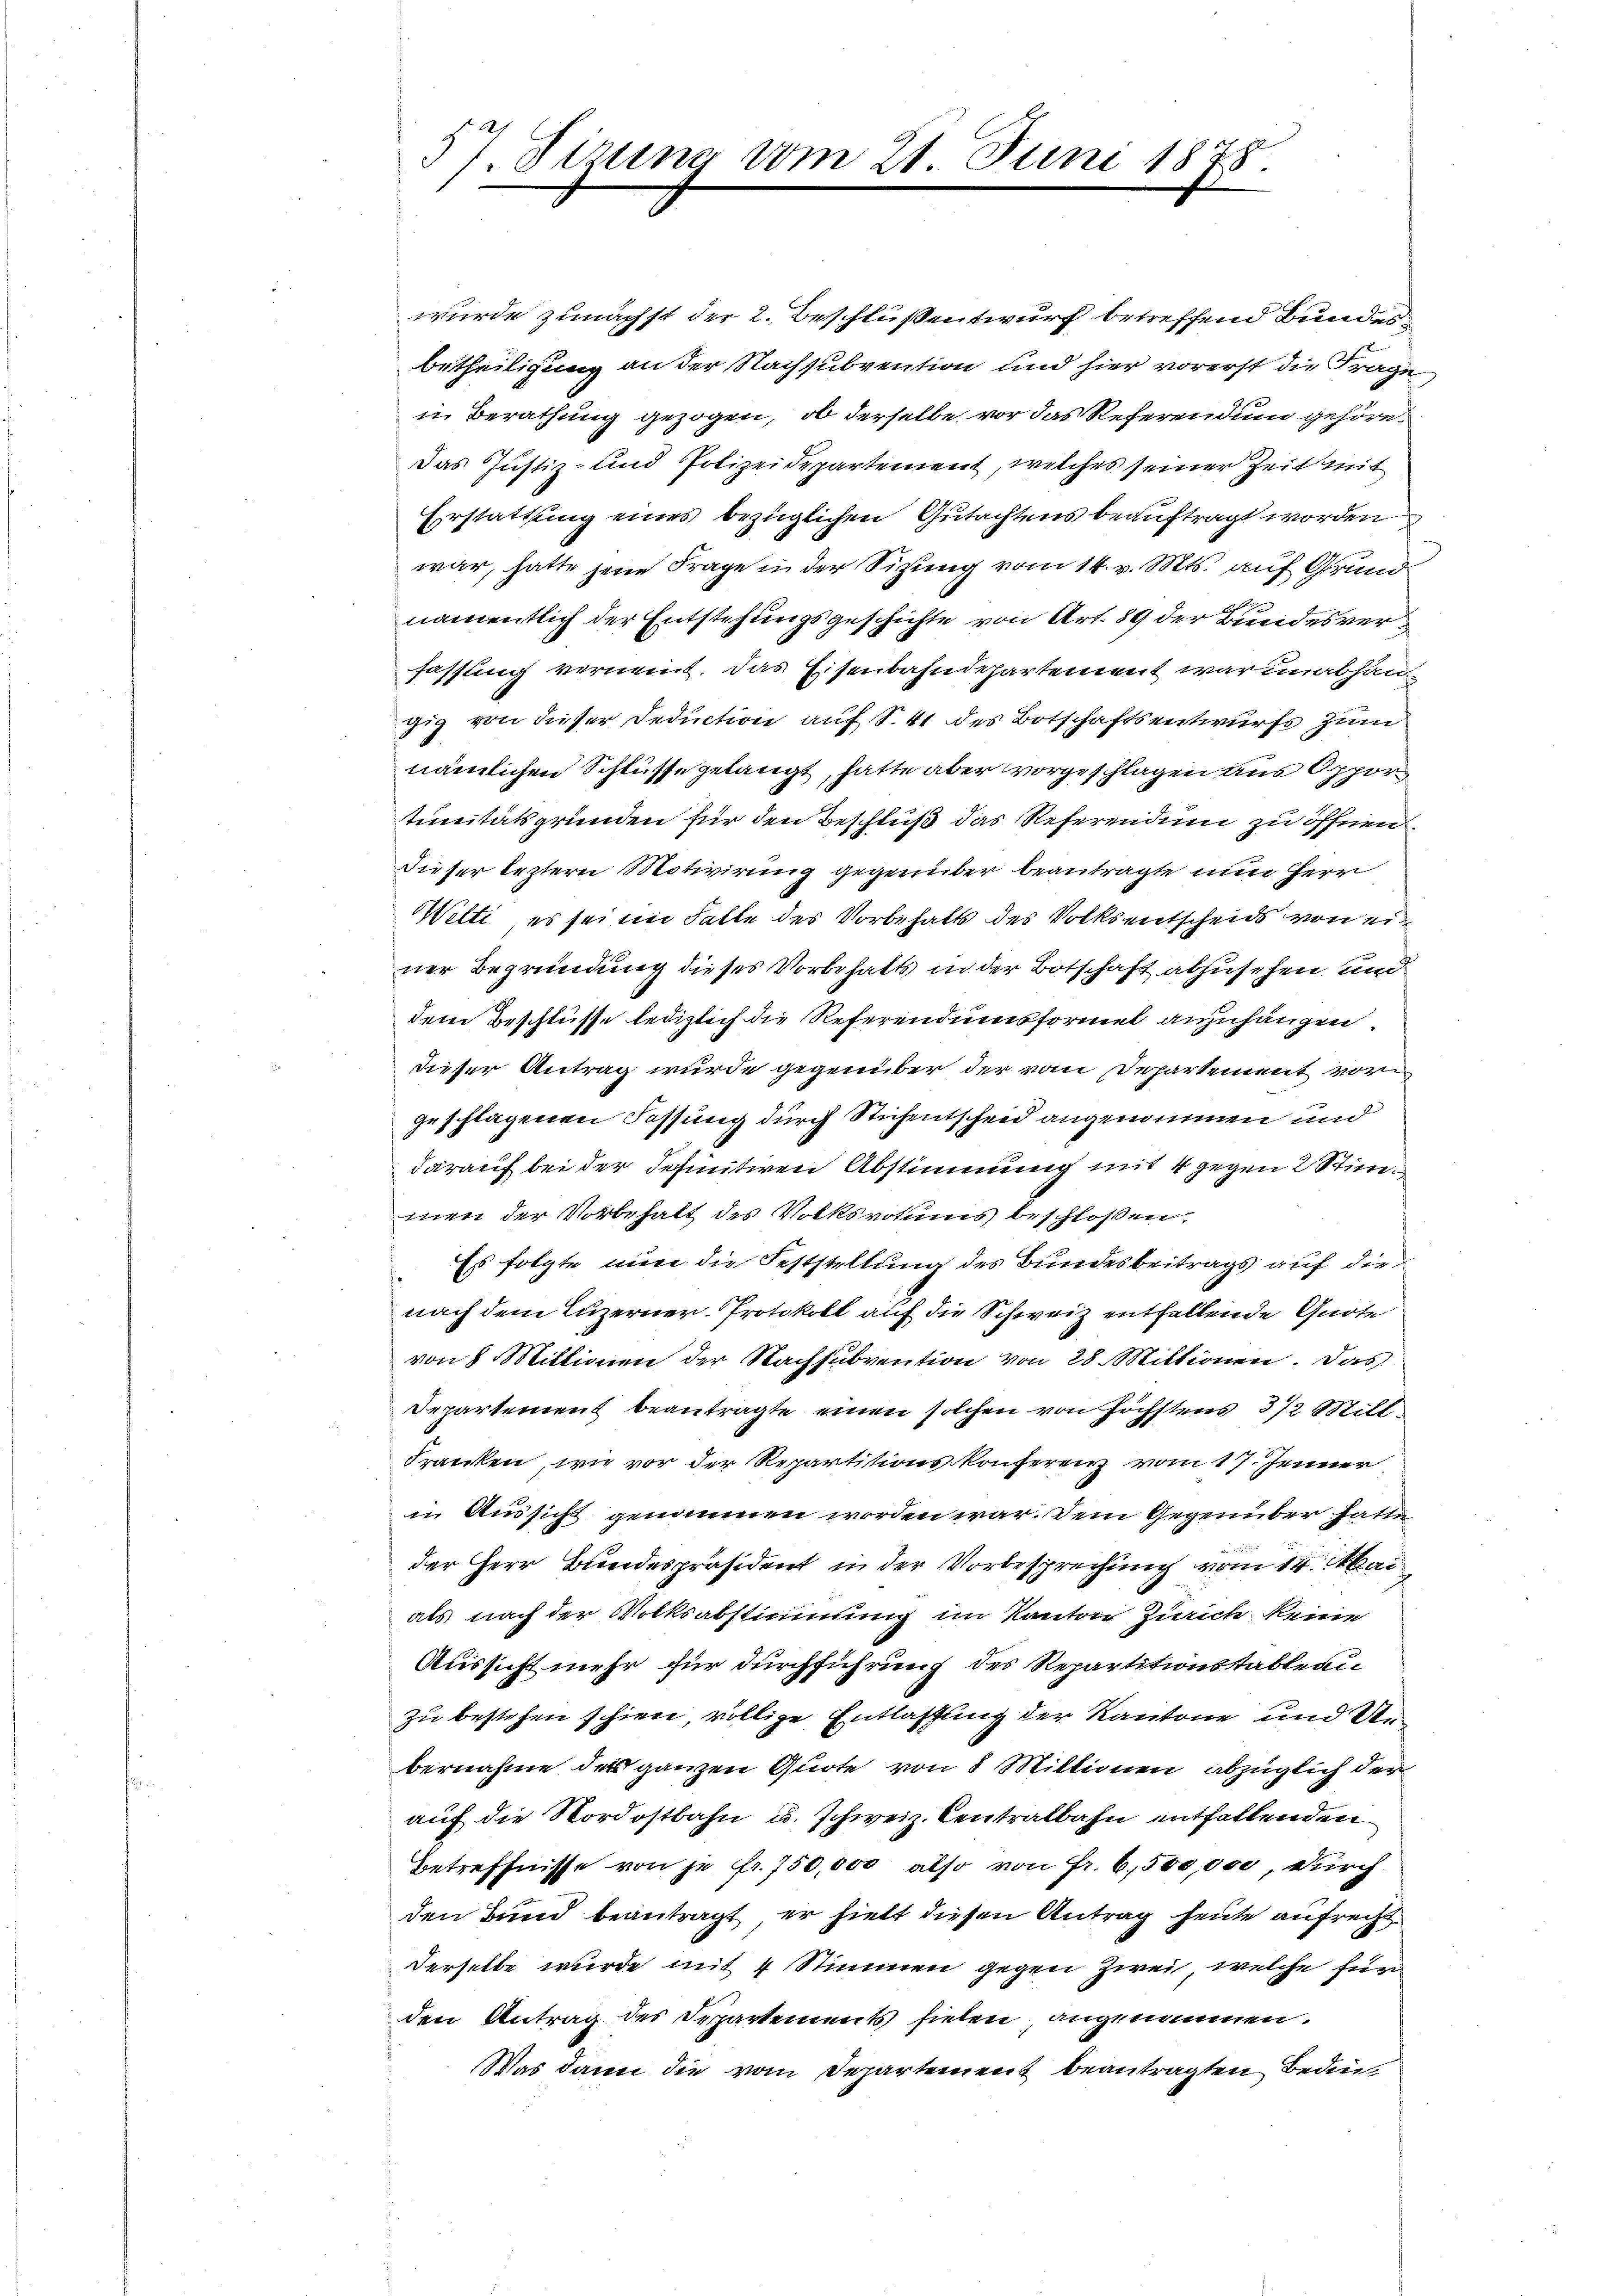
37. Sizung vom 21. Juni 1878.

wurde zunächst der 2. Beschlüßentwurf betreffend Bundes
betheiligung an der Nachsubvention und hier vorerst die Frage
in Berathung gezogen, ob derselbe vor das Referendum gehöre
das Justiz- und Polizeidepartement, welches seiner Zeit mit
Erstattung eines bezüglichen Gutachtens beauftragt worden
war, hatte jene Frage in der Sitzung vom 14. v. Mts. auf Grund
namentlich der Entstehungsgeschichte von Art. 89 der Bundesverfassung verneint. Das Eisenbahndepartement war unabhäng
gig von dieser Deduction auf S. 41 des Botschaftsentwurfs zum
nämlichen Schlüsse gelangt, hatte aber vorgeschlagen aus Opportunitätsgründen für den Beschluß das Referendum zu öffnen
Dieser leztern Motivirung gegenüber beantragte nun Herr
Welti, es sei im Falle des Vorbehalts des Volksentscheids von einer Begründung dieses Vorbehalts in der Botschaft abzusehen und
dem Beschlüsse lediglich die Referendumsformel anzuhängen.
dieser Antrag wurde gegenüber der vom Departement vor
geschlagenen Fassung durch Stichentscheid angenommen und
darauf bei der definitiven Abstimmung mit 4 gegen 2 Stimmen der Vorbehalt des Volksvotums beschloßen:
Es folgte nun die Feststellung des Bundesbeitrags auf die
nach dem Luzerner Protokoll auf die Schweiz entfallende Quote
von 8 Mittionen der Nachsubvention von 28 Mittionen. Das
Departement beantragte einen solchen von höchstens 3 1/2 Mill
Franken, wie vor der Repartitionskonferenz vom 17. Jenner
in Aussicht genommen worden war. Dem Gegenüber hatt
der Herr Bundespräsident in der Vorbesprechung vom 14. Mai
als nach der Volksabstimmung im Kanton Zürich keine
Aussicht mehr für durchführung des Repartitionsstableau
zu bestehen schien, völlige Entlassung der Kantone und Unbernahme des ganzen Quote von 8 Millionen abzüglich der
auf die Nordostbahn u. schweiz. Centralbahn enthaltenden
Betreffnisse von je fr. 750,000 also von Fr. 6,500,000, durch
den Bund beantragt, er hielt diesen Antrag heute aufrecht
derselbe wurde mit 4 Stimmen gegen zwei, welche für
den Antrag des Departements fielen, angenommen.
Was dann die vom Departement beantragten Bedin¬